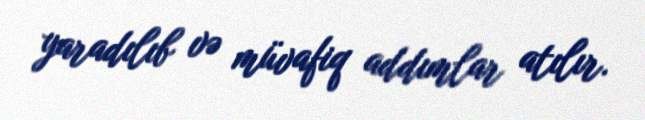
yaradılıb və müvafiq addımlar atılır.